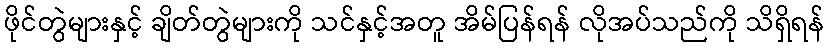
ဖိုင်တွဲများနှင့် ချိတ်တွဲများကို သင်နှင့်အတူ အိမ်ပြန်ရန် လိုအပ်သည်ကို သိရှိရန်